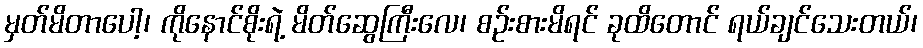
မှတ်မိတာပေါ့၊ ကိုနောင်စိုးရဲ့ မိတ်ဆွေကြီးလေ၊ စဉ်းစားမိရင် ခုထိတောင် ရယ်ချင်သေးတယ်၊